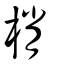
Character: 梢